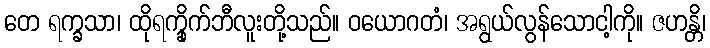
တေ ရက္ခသာ၊ ထိုရက္ခိုက်ဘီလူးတို့သည်။ ဝယောဂတံ၊ အရွယ်လွန်သောငါ့ကို။ ဇဟန္တိ၊